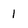
Character: 1